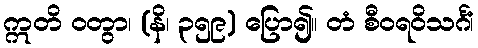
ဣတိ ဝတွာ၊ (နိ၊ ၃၅၉) ပြော၍။ တံ စီဝရဝိသင်္ဂံ၊